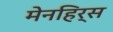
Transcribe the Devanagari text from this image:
मेनहिर्स